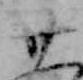
廿